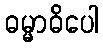
ဓမ္မာဓိပေါ